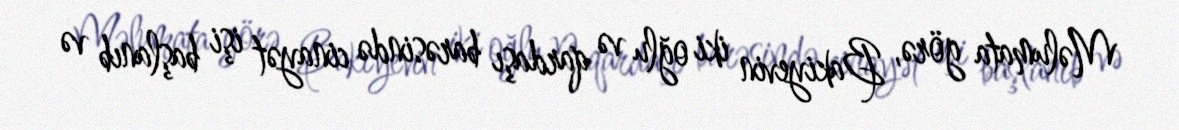
Məlumata görə, Bakiyevin iki oğlu və qardaşı barəsində cinayət işi başlanıb və